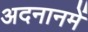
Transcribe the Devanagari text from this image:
अदनानमें